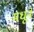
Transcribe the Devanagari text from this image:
मधूने